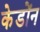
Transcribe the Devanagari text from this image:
केडोंन